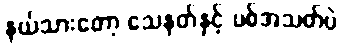
နယ်သားတော့ သေနတ်နှင့် ပစ်အသတ်ပဲ